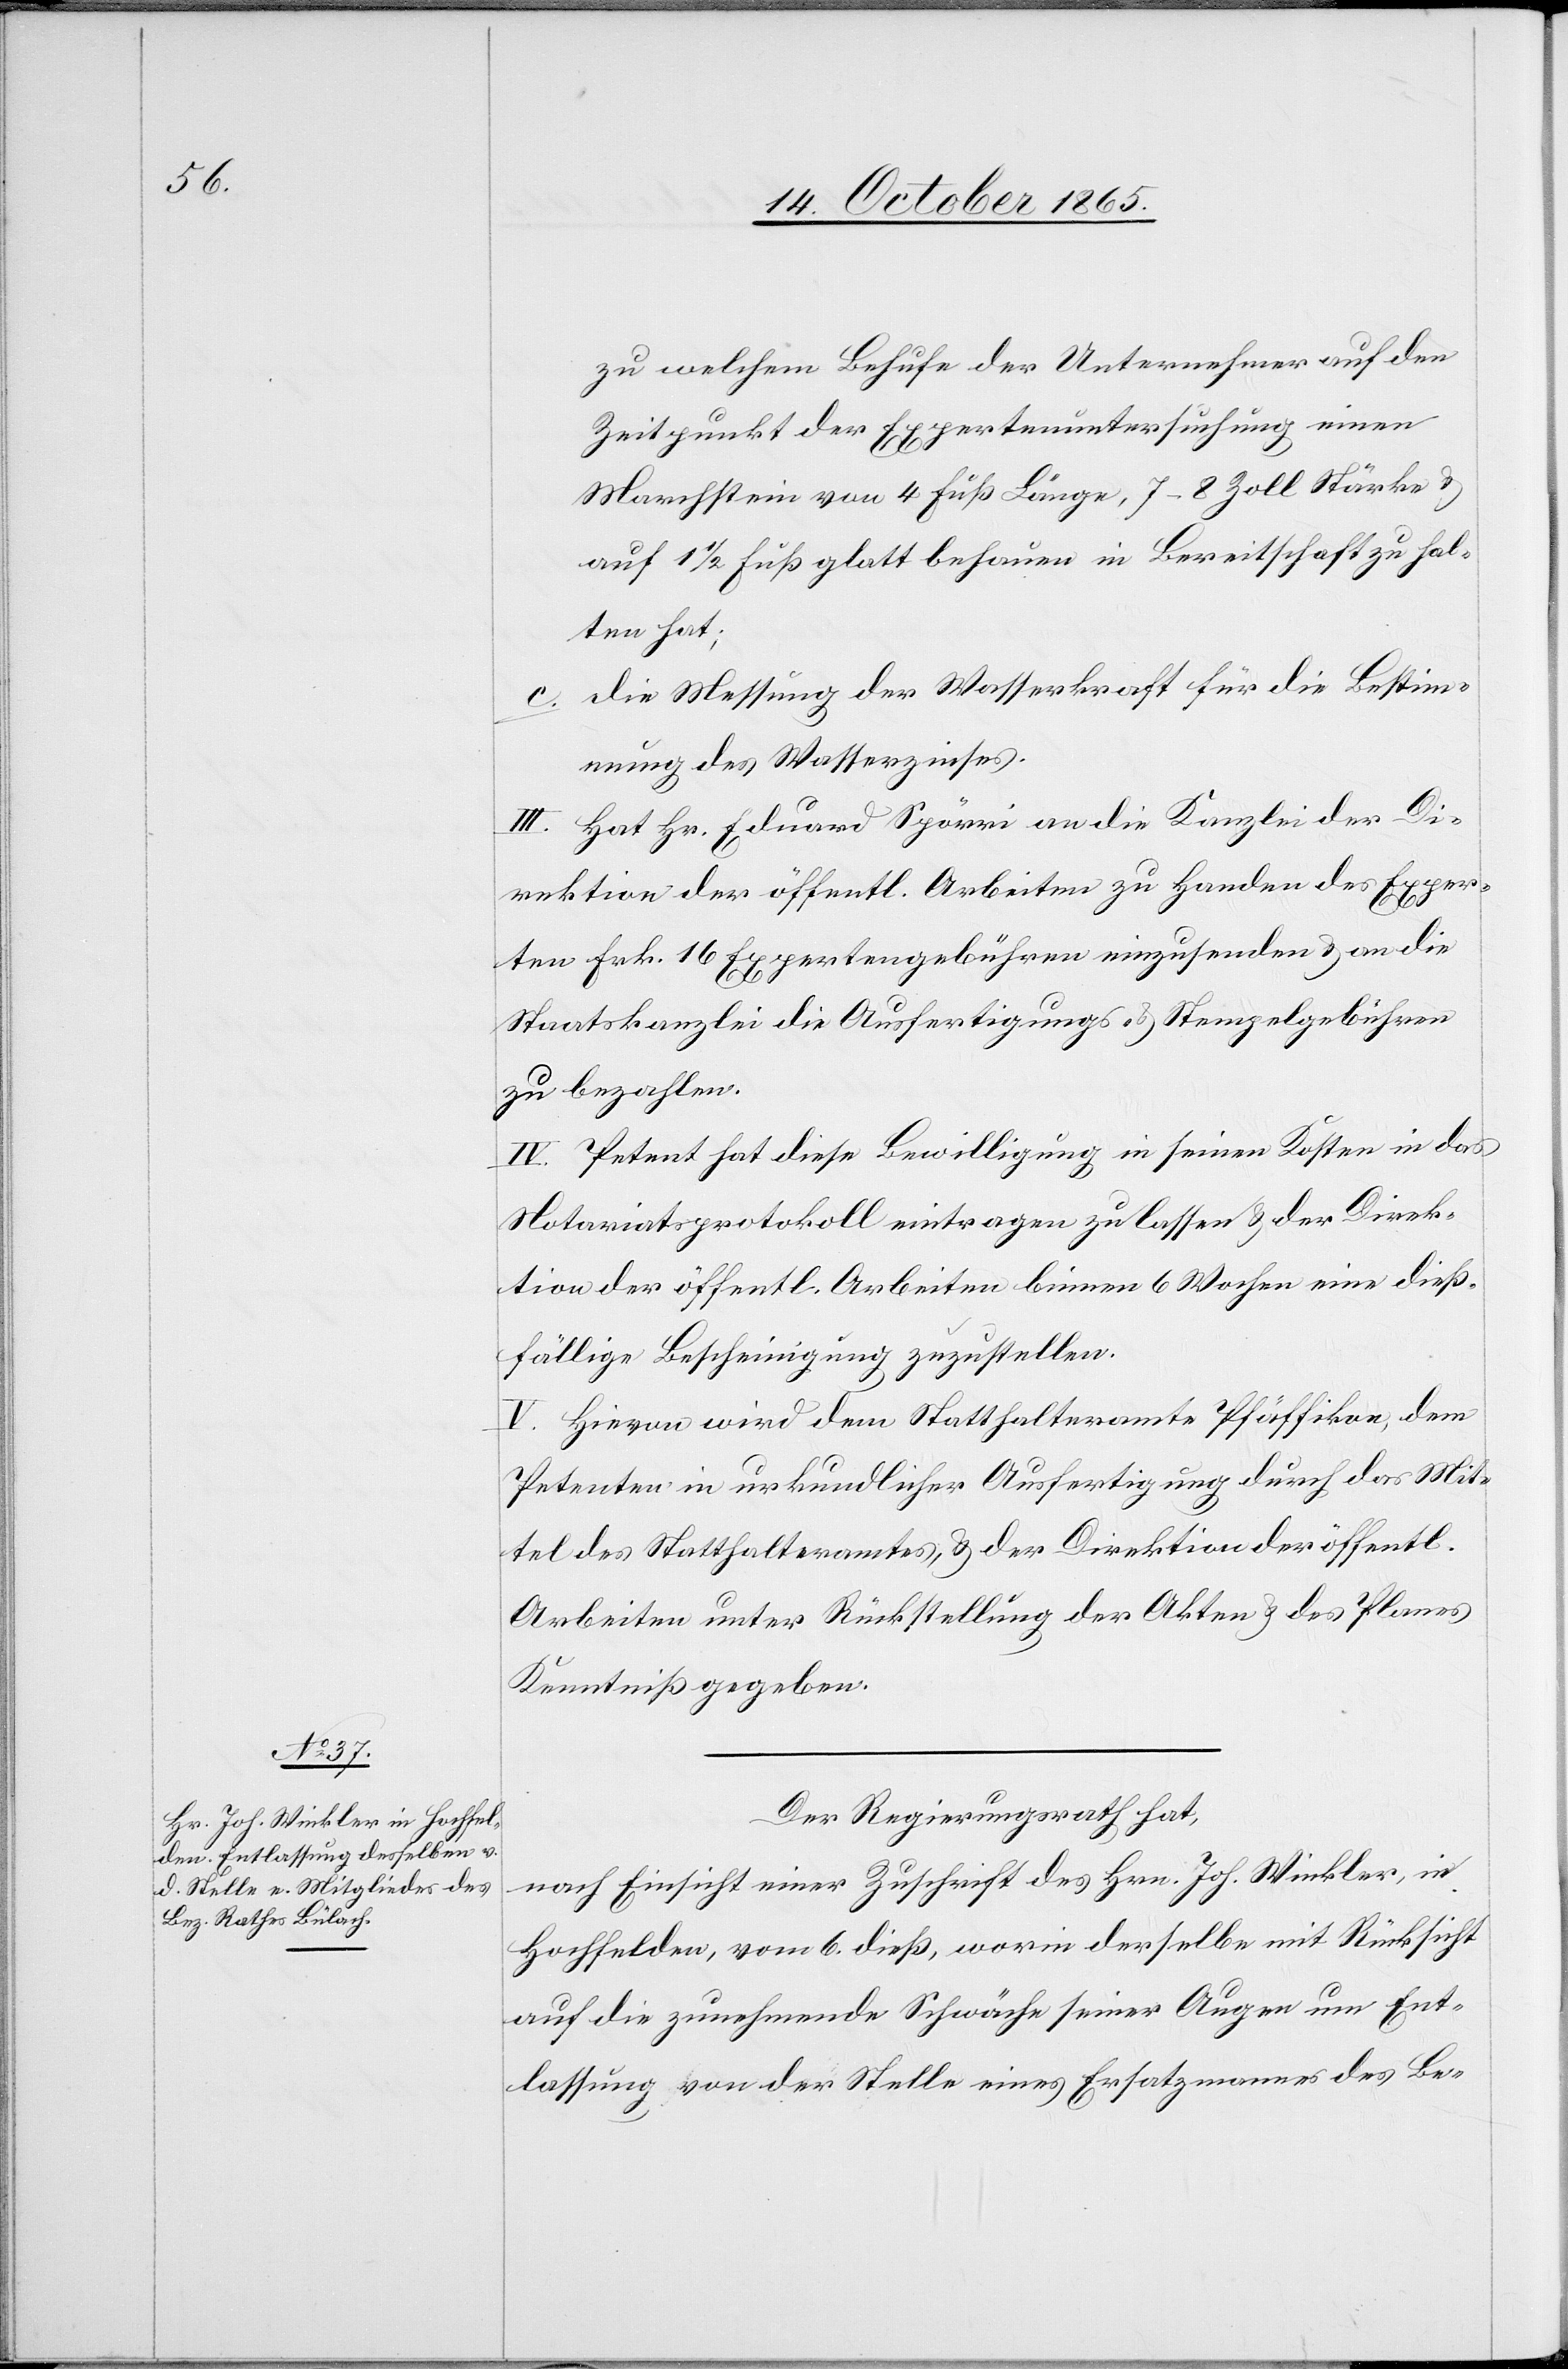
zu welchem Behufe der Unternehmer auf den
Zeitpunkt der Expertenuntersuchung einen
Marchstein von 4 Fuß Länge, 7–8 Zoll Stärke
auf 1 1/2 Fuß glatt behauen in Bereitschaft zu hal¬
ten hat;
c. Die Messung der Wasserkraft für die Bestimm¬
ung des Wasserzinses.
III. Hat Hr. Eduard Spörri an die Kanzlei der Di¬
rektion der öffentl. Arbeiten zu Handen des Exper¬
ten Frk. 16 Expertengebühren einzusenden & an die
Staatskanzlei die Ausfertigungs- & Stempelgebühren
zu bezahlen.
IV. Petent hat diese Bewilligung in seinen Kosten in das
Notariatsprotokoll eintragen zu lassen & der Direk¬
tion der öffentl. Arbeiten binnen 6 Wochen eine dieß¬
fällige Bescheinigung zuzustellen.
V. Hievon wird dem Statthalteramte Pfäffikon, dem
Petenten in urkundlicher Ausfertigung durch das Mit¬
tel des Statthalteramtes, & der Direktion der öffentl.
Arbeiten unter Rückstellung der Akten & des Planes
Kenntniß gegeben.
Der Regierungsrath hat,
nach Einsicht einer Zuschrift des Hrn. Joh. Winkler, in
Hochfelden, vom 6. dieß, worin derselbe mit Rücksicht
auf die zunehmende Schwäche seiner Augen um Ent¬
lassung von der Stelle eines Ersatzmannes des Be-